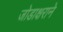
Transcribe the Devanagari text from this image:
जोडाक्षराने